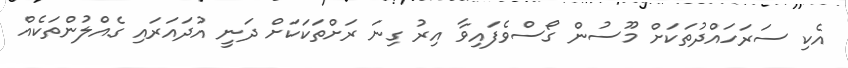
އެކި ސަރަހައްދުތަކަށް މޫސުން ގޯސްވެފައިވާ އިރު ގިނަ ރަށްތަކަކަށް ދަނީ އުދައަރައި ގެއްލުންތަކެއް